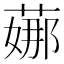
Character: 𦶦